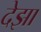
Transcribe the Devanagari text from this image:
देझा